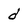
Character: d